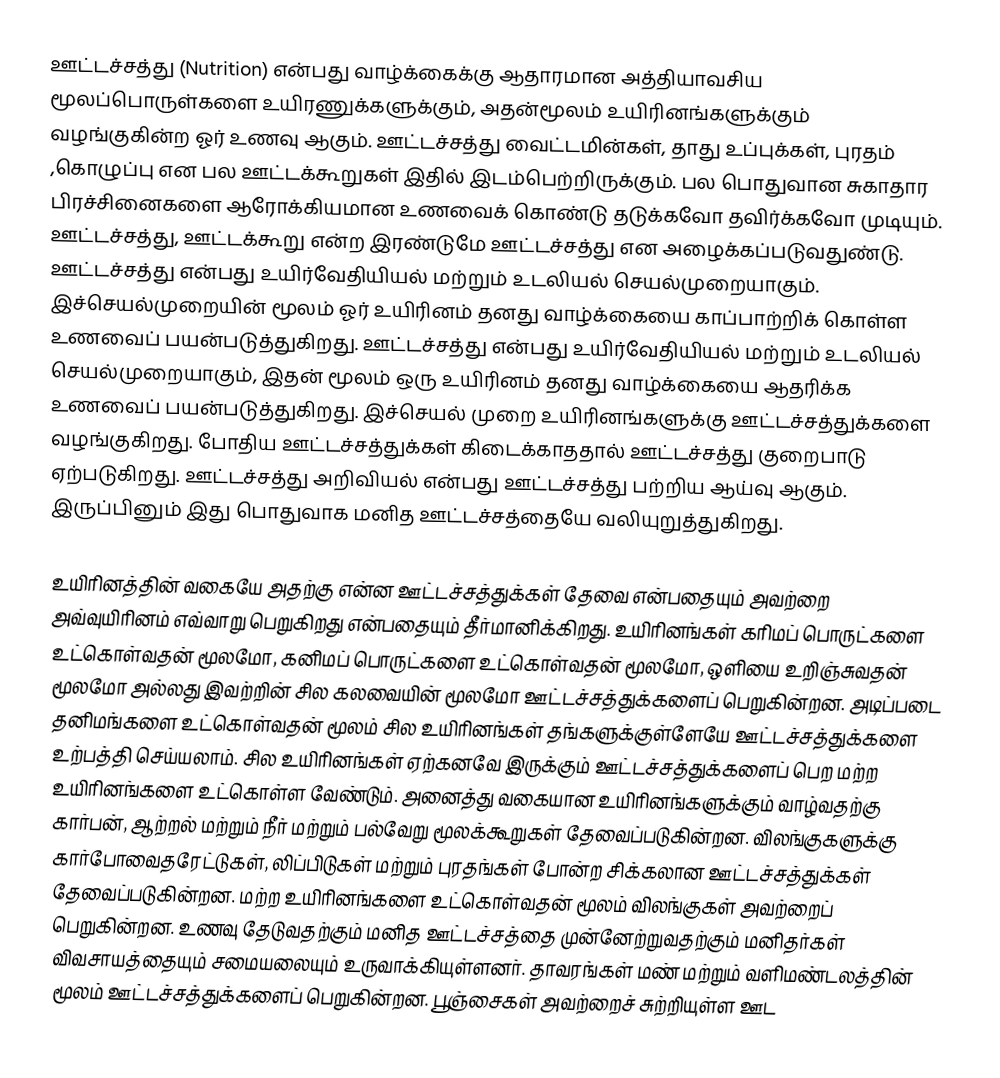
ஊட்டச்சத்து (Nutrition) என்பது வாழ்க்கைக்கு ஆதாரமான அத்தியாவசிய மூலப்பொருள்களை உயிரணுக்களுக்கும்,  அதன்மூலம் உயிரினங்களுக்கும் வழங்குகின்ற ஓர் உணவு ஆகும். ஊட்டச்சத்து வைட்டமின்கள், தாது உப்புக்கள், புரதம் ,கொழுப்பு என பல ஊட்டக்கூறுகள் இதில் இடம்பெற்றிருக்கும். பல பொதுவான சுகாதார பிரச்சினைகளை  ஆரோக்கியமான உணவைக் கொண்டு தடுக்கவோ தவிர்க்கவோ முடியும். ஊட்டச்சத்து, ஊட்டக்கூறு என்ற இரண்டுமே ஊட்டச்சத்து என அழைக்கப்படுவதுண்டு. ஊட்டச்சத்து என்பது உயிர்வேதியியல் மற்றும் உடலியல் செயல்முறையாகும். இச்செயல்முறையின் மூலம் ஓர் உயிரினம் தனது வாழ்க்கையை காப்பாற்றிக் கொள்ள உணவைப் பயன்படுத்துகிறது. ஊட்டச்சத்து என்பது உயிர்வேதியியல் மற்றும் உடலியல் செயல்முறையாகும், இதன் மூலம் ஒரு உயிரினம் தனது வாழ்க்கையை ஆதரிக்க உணவைப் பயன்படுத்துகிறது. இச்செயல் முறை உயிரினங்களுக்கு ஊட்டச்சத்துக்களை வழங்குகிறது. போதிய ஊட்டச்சத்துக்கள் கிடைக்காததால் ஊட்டச்சத்து குறைபாடு ஏற்படுகிறது. ஊட்டச்சத்து அறிவியல் என்பது ஊட்டச்சத்து பற்றிய ஆய்வு ஆகும். இருப்பினும் இது பொதுவாக மனித ஊட்டச்சத்தையே வலியுறுத்துகிறது.

உயிரினத்தின் வகையே அதற்கு என்ன ஊட்டச்சத்துக்கள் தேவை என்பதையும் அவற்றை அவ்வுயிரினம் எவ்வாறு பெறுகிறது என்பதையும் தீர்மானிக்கிறது. உயிரினங்கள் கரிமப் பொருட்களை உட்கொள்வதன் மூலமோ, கனிமப் பொருட்களை உட்கொள்வதன் மூலமோ, ஒளியை உறிஞ்சுவதன் மூலமோ அல்லது இவற்றின் சில கலவையின் மூலமோ ஊட்டச்சத்துக்களைப் பெறுகின்றன. அடிப்படை தனிமங்களை உட்கொள்வதன் மூலம் சில உயிரினங்கள் தங்களுக்குள்ளேயே ஊட்டச்சத்துக்களை உற்பத்தி செய்யலாம். சில உயிரினங்கள் ஏற்கனவே இருக்கும் ஊட்டச்சத்துக்களைப் பெற மற்ற உயிரினங்களை உட்கொள்ள வேண்டும். அனைத்து வகையான உயிரினங்களுக்கும்  வாழ்வதற்கு கார்பன், ஆற்றல் மற்றும் நீர் மற்றும் பல்வேறு மூலக்கூறுகள் தேவைப்படுகின்றன. விலங்குகளுக்கு கார்போவைதரேட்டுகள், லிப்பிடுகள் மற்றும் புரதங்கள் போன்ற சிக்கலான ஊட்டச்சத்துக்கள் தேவைப்படுகின்றன. மற்ற உயிரினங்களை உட்கொள்வதன் மூலம் விலங்குகள் அவற்றைப் பெறுகின்றன. உணவு தேடுவதற்கும் மனித ஊட்டச்சத்தை முன்னேற்றுவதற்கும் மனிதர்கள் விவசாயத்தையும் சமையலையும் உருவாக்கியுள்ளனர். தாவரங்கள் மண் மற்றும் வளிமண்டலத்தின் மூலம் ஊட்டச்சத்துக்களைப் பெறுகின்றன. பூஞ்சைகள் அவற்றைச் சுற்றியுள்ள ஊட